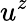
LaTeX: u^{z}